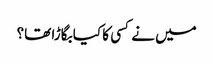
میں نے کسی کا کیا بگاڑا تھا؟